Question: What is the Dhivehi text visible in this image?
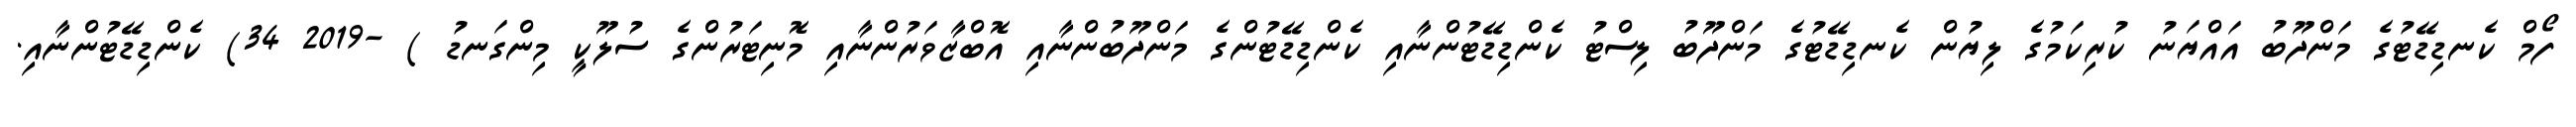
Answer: ފޯމް ކެނޑިޑޭޓުގެ މަންދޫބު އައްޔަނު ކުރިކަމުގެ ލިޔުން ކެނޑިޑޭޓުގެ މަންދޫބު ލިސްޓު ކެންޑިޑޭޓުންނާއި ކެންޑިޑޭޓުންގެ މަންދޫބުންނާއި އޮބްޒާވަރުންނާއި މޮނިޓަރުންގެ ސުލޫކީ މިންގަނޑު ) -2019 34) ކެންޑިޑޭޓުންނާއި.